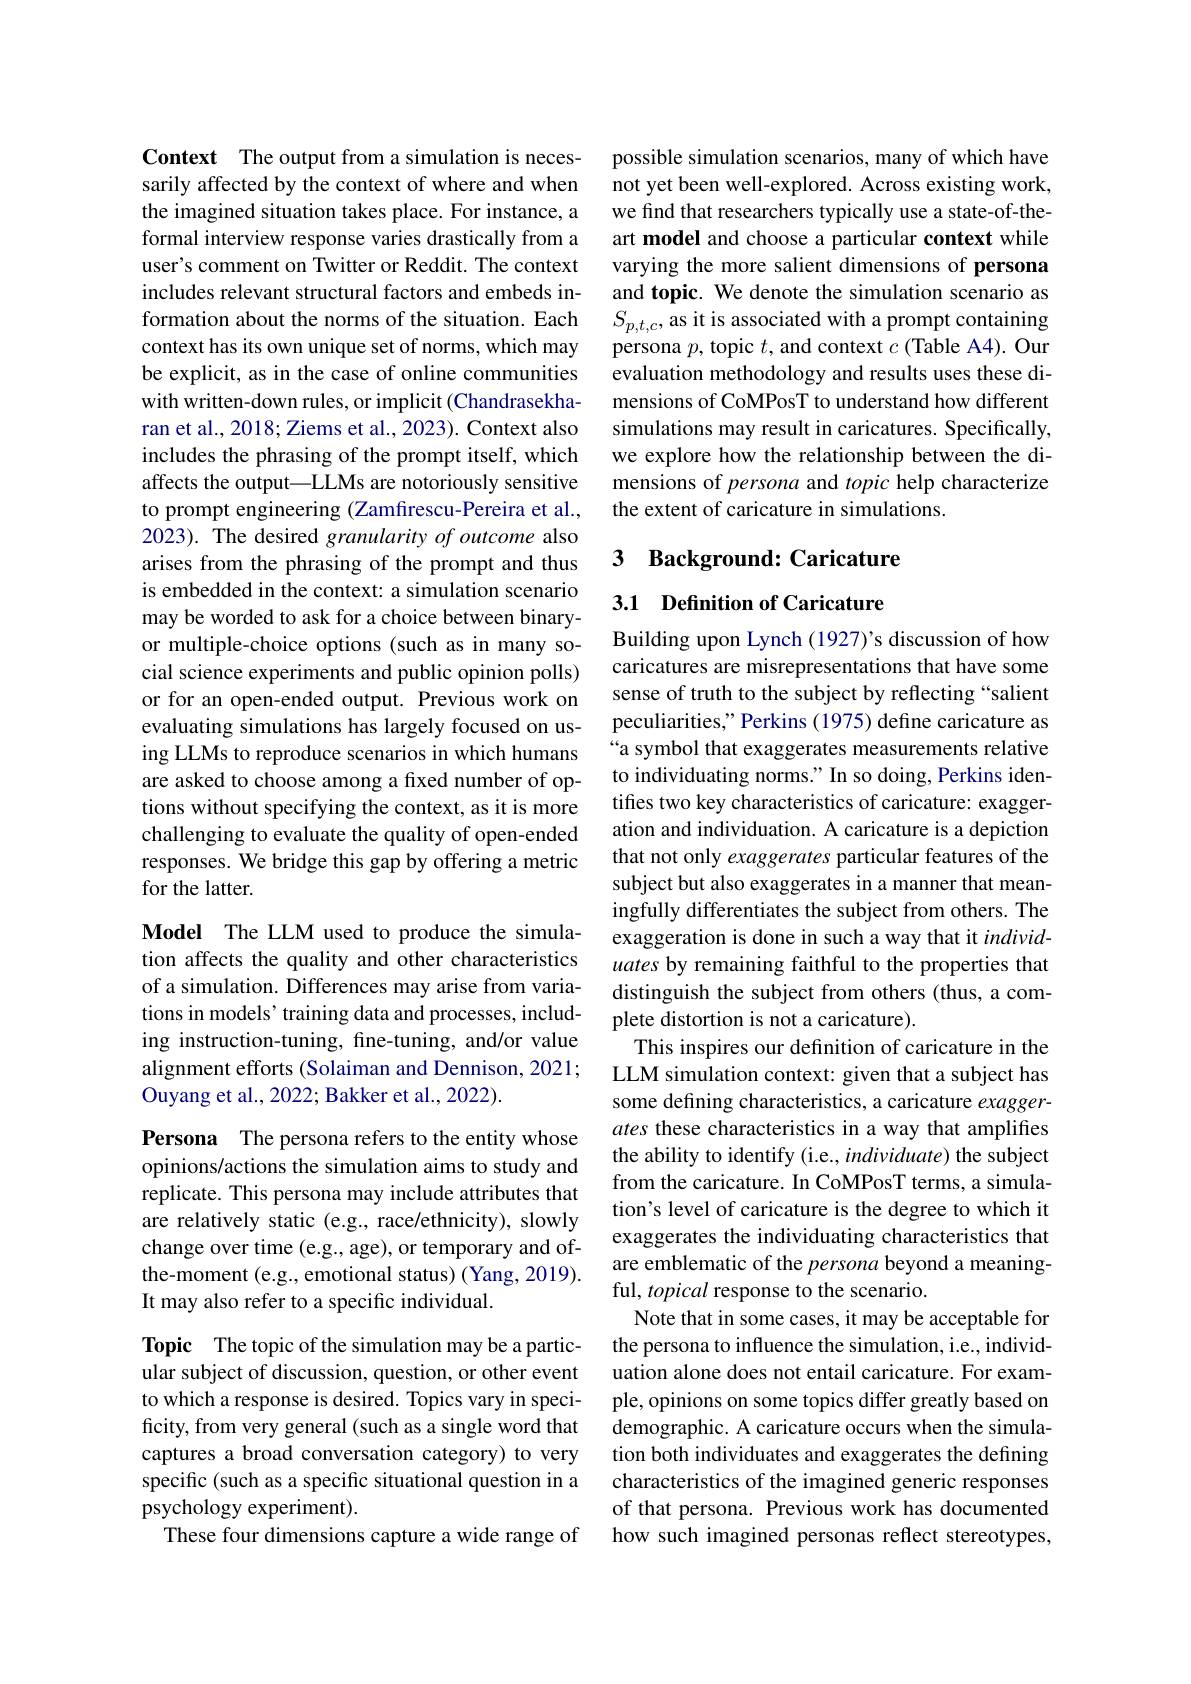
Context The output from a simulation is necessarily affected by the context of where and when the imagined situation takes place. For instance, a formal interview response varies drastically from a user's comment on Twitter or Reddit. The context includes relevant structural factors and embeds information about the norms of the situation. Each context has its own unique set of norms, which may be explicit, as in the case of online communities with written-down rules, or implicit (Chandrasekharan et al., 2018; Ziems et al., 2023). Context also includes the phrasing of the prompt itself, which affects the output—LLMs are notoriously sensitive to prompt engineering (Zamfirescu-Pereira et al., 2023). The desired granularity of outcome also arises from the phrasing of the prompt and thus is embedded in the context: a simulation scenario may be worded to ask for a choice between binaryor multiple-choice options (such as in many social science experiments and public opinion polls) or for an open-ended output. Previous work on evaluating simulations has largely focused on using LLMs to reproduce scenarios in which humans are asked to choose among a fixed number of options without specifying the context, as it is more challenging to evaluate the quality of open-ended responses. We bridge this gap by offering a metric for the latter.

Model The LLM used to produce the simulation affects the quality and other characteristics of a simulation. Differences may arise from variations in models' training data and processes, including instruction-tuning, fine-tuning, and/or value alignment efforts (Solaiman and Dennison, 2021; Ouyang et al., 2022; Bakker et al., 2022).

Persona The persona refers to the entity whose opinions/actions the simulation aims to study and replicate. This persona may include attributes that are relatively static (e.g., race/ethnicity), slowly change over time (e.g., age), or temporary and ofthe-moment (e.g., emotional status) (Yang, 2019). It may also refer to a specific individual.

Topic The topic of the simulation may be a particular subject of discussion, question, or other event to which a response is desired. Topics vary in specificity, from very general (such as a single word that captures a broad conversation category) to very specific (such as a specific situational question in a psychology experiment).
These four dimensions capture a wide range of

possible simulation scenarios, many of which have not yet been well-explored. Across existing work, we find that researchers typically use a state-of-theart model and choose a particular context while varying the more salient dimensions of persona and topic. We denote the simulation scenario as $S_{p,t,c}$, as it is associated with a prompt containing persona $p$,topic $t$, and context $c$ (Table A4). Our evaluation methodology and results uses these dimensions of CoMPosT to understand how different simulations may result in caricatures. Specifically, we explore how the relationship between the dimensions of persona and topic help characterize the extent of caricature in simulations.

## 3 Background: Caricature

3.1 Definition of Caricature

Building upon Lynch (1927)'s discussion of how caricatures are misrepresentations that have some sense of truth to the subject by reflecting “salient peculiarities," Perkins (1975) define caricature as “a symbol that exaggerates measurements relative to individuating norms." In so doing, Perkins identiffes two key characteristics of caricature: exaggeration and individuation. A caricature is a depiction that not only exaggerates particular features of the subject but also exaggerates in a manner that meaningfully differentiates the subject from others. The exaggeration is done in such a way that it $individ-$ uates by remaining faithful to the properties that distinguish the subject from others (thus, a complete distortion is not a caricature).
This inspires our definition of caricature in the LLM simulation context: given that a subject has some defining characteristics, a caricature exaggerates these characteristics in a way that amplifies the ability to identify (i.e., individuate) the subject from the caricature. In CoMPosT terms, a simulation's level of caricature is the degree to which it exaggerates the individuating characteristics that are emblematic of the persona beyond a meaningful, topical response to the scenario.
Note that in some cases, it may be acceptable for the persona to influence the simulation, i.e., individuation alone does not entail caricature. For example, opinions on some topics differ greatly based on demographic. A caricature occurs when the simulation both individuates and exaggerates the defining characteristics of the imagined generic responses of that persona. Previous work has documented how such imagined personas reflect stereotypes,